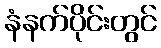
နံနက်ပိုင်းတွင်